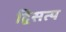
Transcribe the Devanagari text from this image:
द्विसत्य